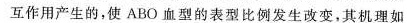
互作用产生的，使ABO血型的表型比例发生改变，其机理如